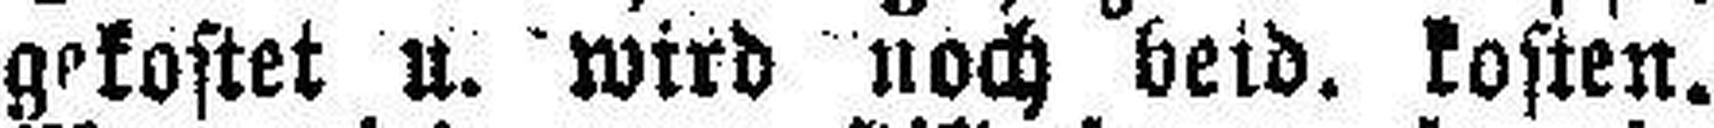
gekostet u. wird noch beid. kosten.